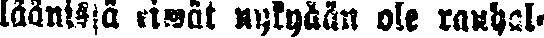
läänissä eiwät nykyään ole rauhal-